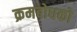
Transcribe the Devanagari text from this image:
क्रमबोधको